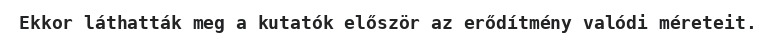
Ekkor láthatták meg a kutatók először az erődítmény valódi méreteit.